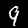
Digit: 9